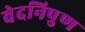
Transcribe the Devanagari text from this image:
वेदनिपुण